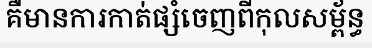
គឺមានការកាត់ផ្សំចេញពីកុលសម្ព័ន្ធ